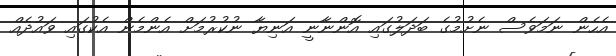
އެހެން ނަމަވެސް ނެށުމުގެ ބަދަލުގައި އޮންނާނީ އަނިޔާ ނުކުރުމަށް އެންމެން އެކުގައި ވައުދެއް